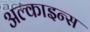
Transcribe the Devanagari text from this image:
अल्काइन्स